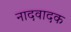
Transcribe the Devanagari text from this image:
नादवादक